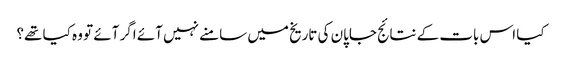
کیا اس بات کے نتائج جاپان کی تاریخ میں سامنے نہیں آئے اگر آئے تو وہ کیا تھے؟